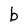
Character: b